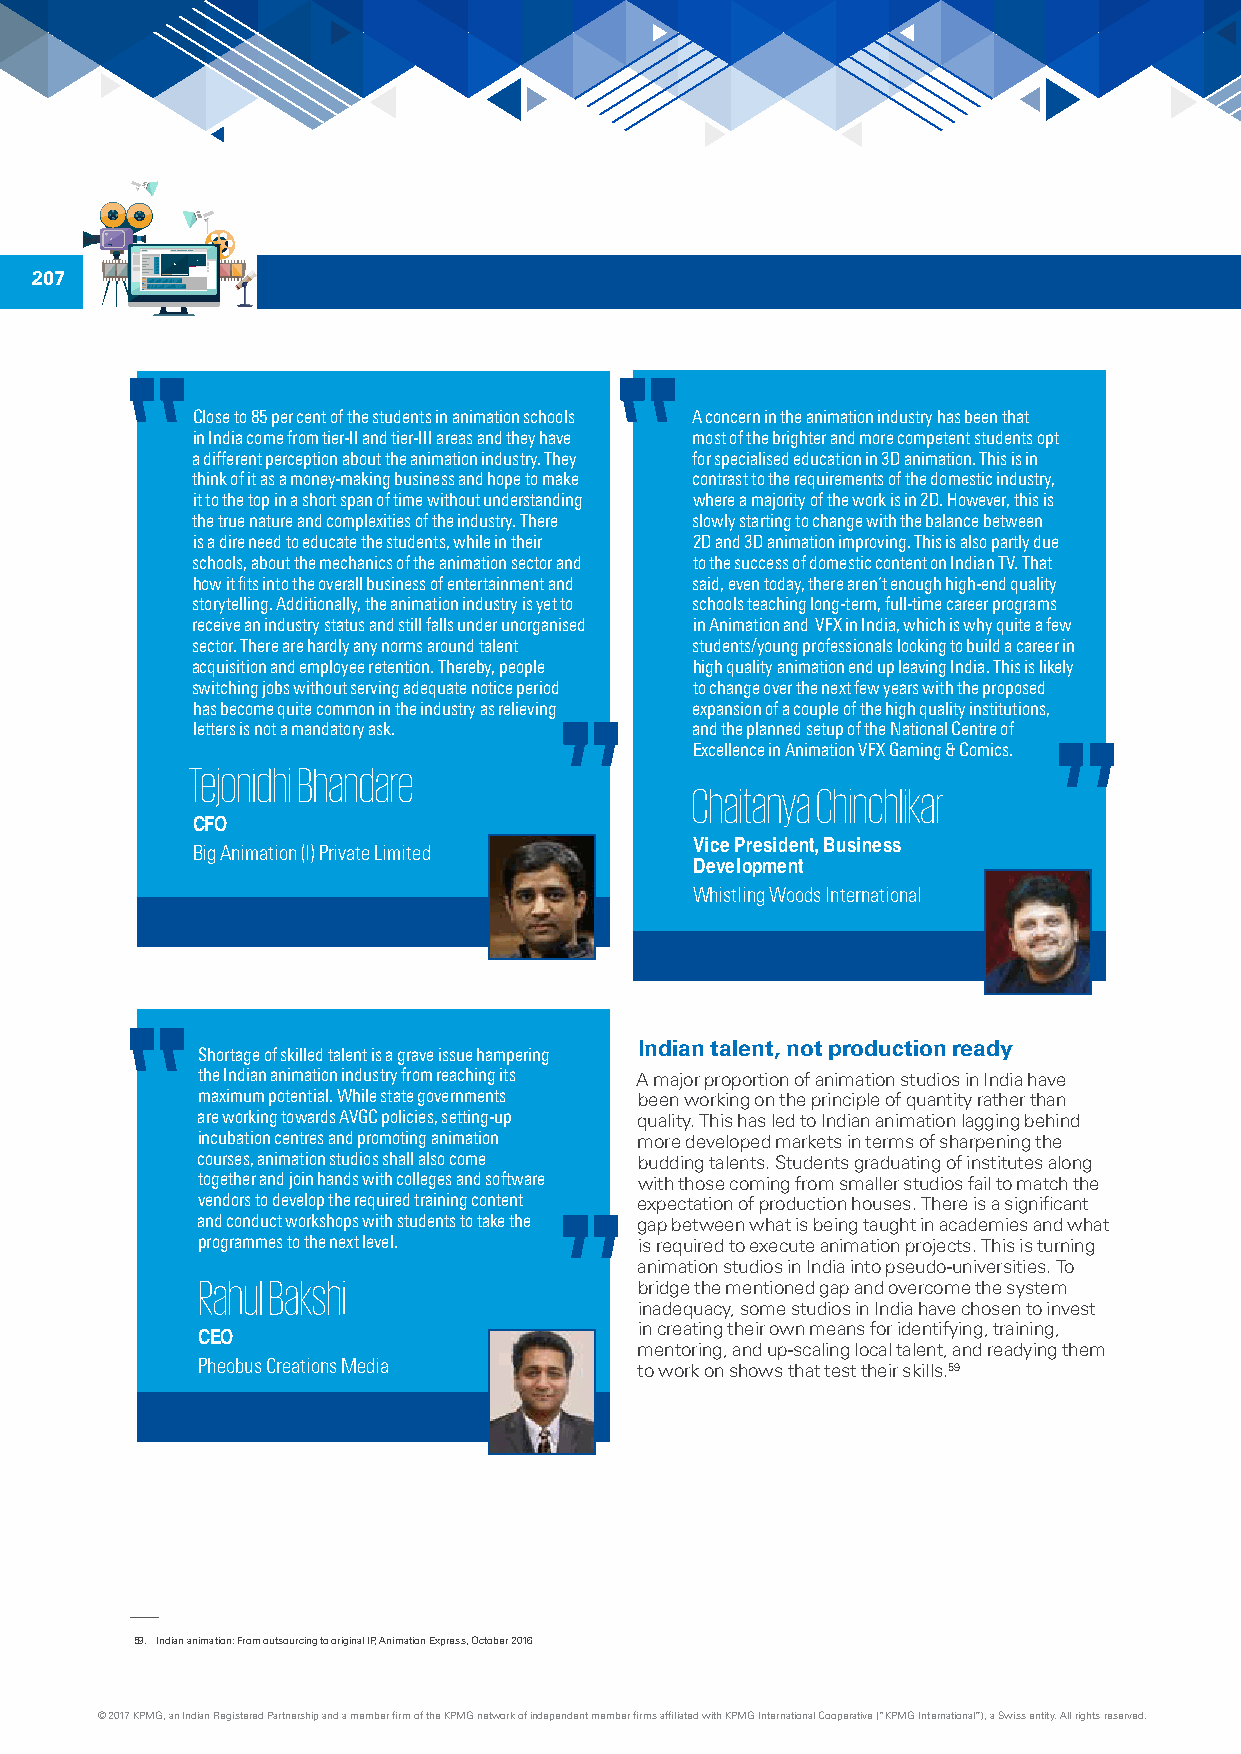
207
 Close to 85 per cent of the students in animation schools A concern in the animation industry has been that
 in India come from tier-II and tier-III areas and they have most of the brighter and more competent students opt
 a different perception about the animation industry. They for specialised education in 3D animation. This is in
 think of it as a money-making business and hope to make contrast to the requirements of the domestic industry,
 it to the top in a short span of time without understanding where a majority of the work is in 2D. However, this is
 the true nature and complexities of the industry. There slowly starting to change with the balance between
 is a dire need to educate the students, while in their 2D and 3D animation improving. This is also partly due
 schools, about the mechanics of the animation sector and to the success of domestic content on Indian TV. That
 how it fits into the overall business of entertainment and said, even today, there aren’t enough high-end quality
 storytelling. Additionally, the animation industry is yet to schools teaching long-term, full-time career programs
 receive an industry status and still falls under unorganised in Animation and VFX in India, which is why quite a few
 sector. There are hardly any norms around talent students/young professionals looking to build a career in
 acquisition and employee retention. Thereby, people high quality animation end up leaving India. This is likely
 switching jobs without serving adequate notice period to change over the next few years with the proposed
 has become quite common in the industry as relieving expansion of a couple of the high quality institutions,
 letters is not a mandatory ask.  and the planned setup of the National Centre of
 Excellence in Animation VFX Gaming & Comics.
 Tejonidhi Bhandare
 Chaitanya Chinchlikar
 CFO
 Vice President, Business
 Big Animation (I) Private Limited
 Development
 Whistling Woods International
 Indian talent, not production ready
 Shortage of skilled talent is a grave issue hampering
 the Indian animation industry from reaching its A major proportion of animation studios in India have
 maximum potential. While state governments been working on the principle of quantity rather than
 are working towards AVGC policies, setting-up quality. This has led to Indian animation lagging behind
 incubation centres and promoting animation more developed markets in terms of sharpening the
 courses, animation studios shall also come budding talents. Students graduating of institutes along
 together and join hands with colleges and software with those coming from smaller studios fail to match the
 vendors to develop the required training content expectation of production houses. There is a significant
 and conduct workshops with students to take the gap between what is being taught in academies and what
 programmes to the next level. is required to execute animation projects. This is turning
 animation studios in India into pseudo-universities. To
 Rahul Bakshi
 bridge the mentioned gap and overcome the system
 inadequacy, some studios in India have chosen to invest
 CEO                          in creating their own means for identifying, training,
 mentoring, and up-scaling local talent, and readying them
 Pheobus Creations Media
 to work on shows that test their skills.59
 59. Indian animation: From outsourcing to original IP, Animation Express, October 2016
 © 2017 KPMG, an Indian Registered Partnership and a member firm of the KPMG network of independent member firms affiliated with KPMG International Cooperative (“KPMG International”), a Swiss entity. All rights reserved.